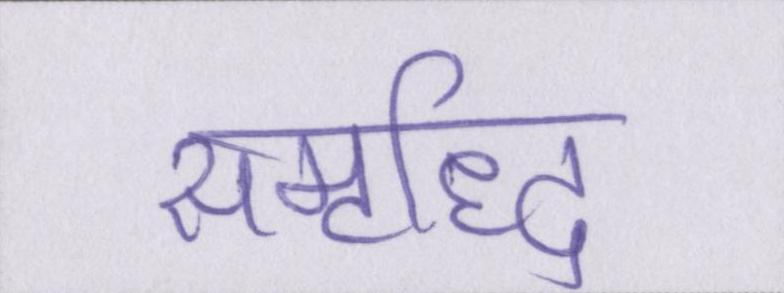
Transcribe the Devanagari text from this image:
समृध्दि